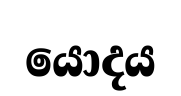
යොදය